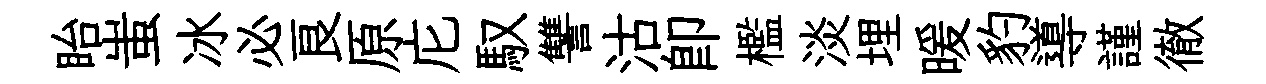
眙蚩冰必良原庀馭讐沽即檻淡埋暖豹導謹徹